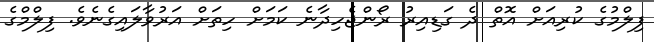
ފިލްމުގެ ކުރިއަށް އޮތް ދެ ގަޑިއިރު ރޯންޖެހިދާނެ ކަމަށް ހިތަށް އަރުވާލައިގެނެވެ. ފިލްމްގެ